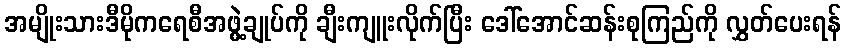
အမျိုးသားဒီမိုကရေစီအဖွဲ့ချုပ်ကို ချီးကျူးလိုက်ပြီး ဒေါ်အောင်ဆန်းစုကြည်ကို လွှတ်ပေးရန်